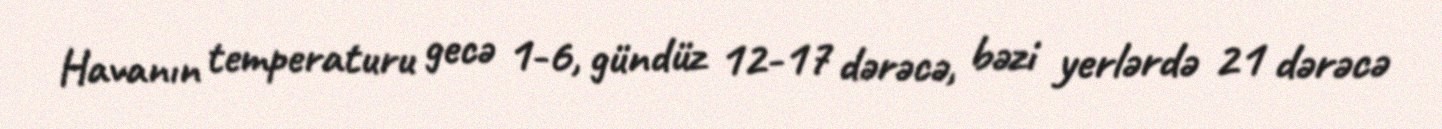
Havanın temperaturu gecə 1-6, gündüz 12-17 dərəcə, bəzi yerlərdə 21 dərəcə